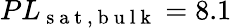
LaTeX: PL_{\mathrm{~s~a~t~,~b~u~l~k~}}=8.1